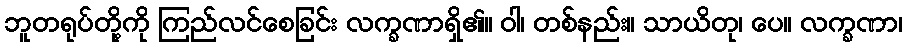
ဘူတရုပ်တို့ကို ကြည်လင်စေခြင်း လက္ခဏာရှိ၏။ ဝါ၊ တစ်နည်း။ သာယိတု၊ ပေ။ လက္ခဏာ၊